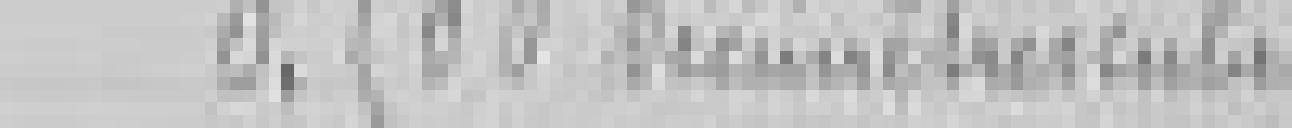
sortie : 0.500 décimètres cubes